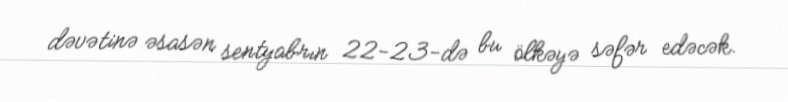
dəvətinə əsasən sentyabrın 22-23-də bu ölkəyə səfər edəcək.